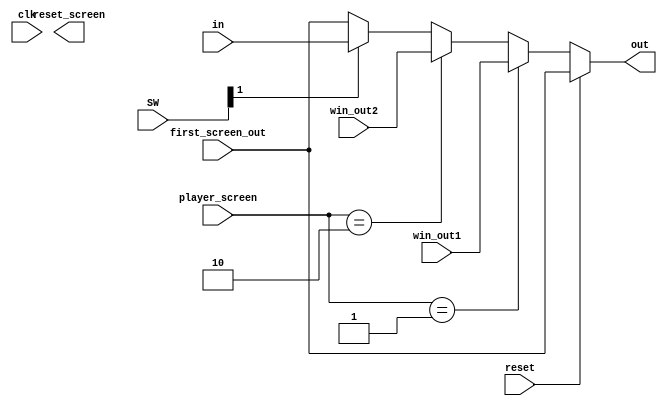
module chuyendoi(in,out,clk,reset,first_screen_out,win_out1,win_out2,SW,player_screen,reset_screen);
input [11:0]in;
output reg [11:0]out;
input clk,reset;
input [11:0]first_screen_out,win_out1,win_out2;
input [1:0]SW;
input [1:0]player_screen;
output reset_screen;
reg [1:0]mode;
always@(*)begin

	if(reset)
		out=first_screen_out;
	else if (player_screen==2'b01)
		out=win_out1;
	else if (player_screen==2'b10)
		out=win_out2;
	else if (SW[1]) 
		out=in;
	else out = first_screen_out;
end
endmodule